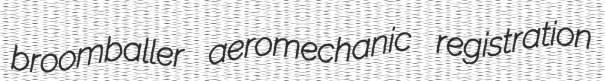
broomballer aeromechanic registration